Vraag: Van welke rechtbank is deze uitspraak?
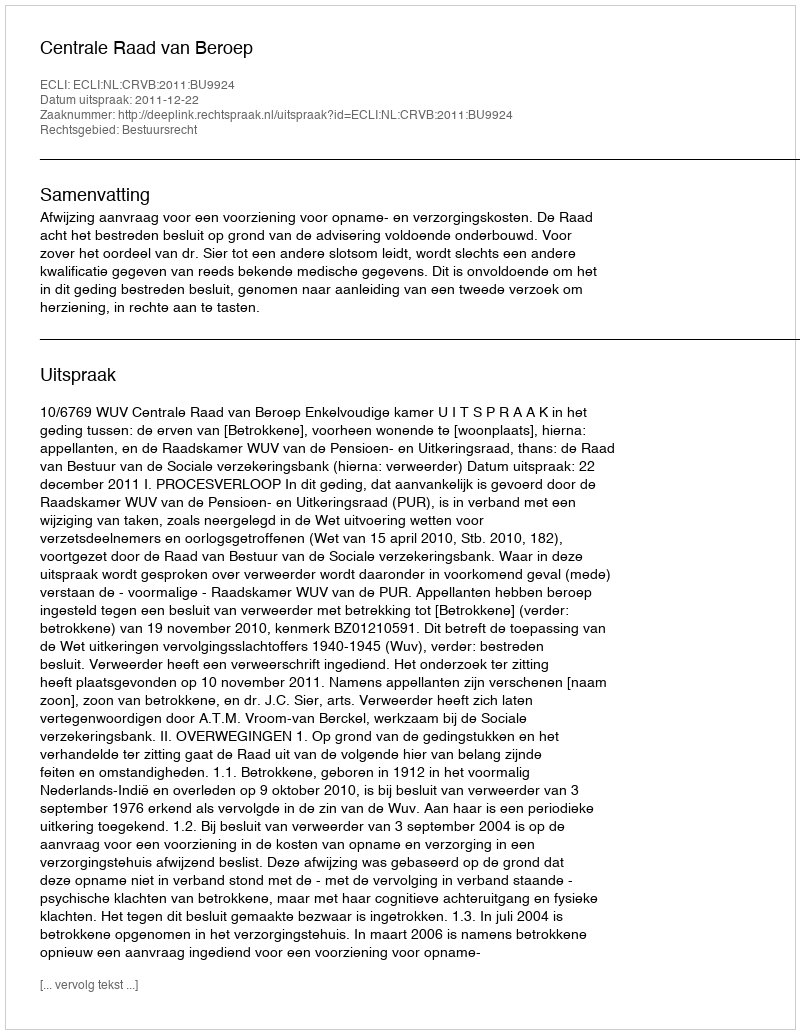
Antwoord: Centrale Raad van Beroep